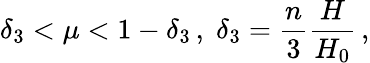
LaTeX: \delta_{3}<\mu<1-\delta_{3}\, ,\; \delta_{3}=\frac{n}{3}\frac{H}{H_{0}}\, ,